画像に写った文字を読んでください
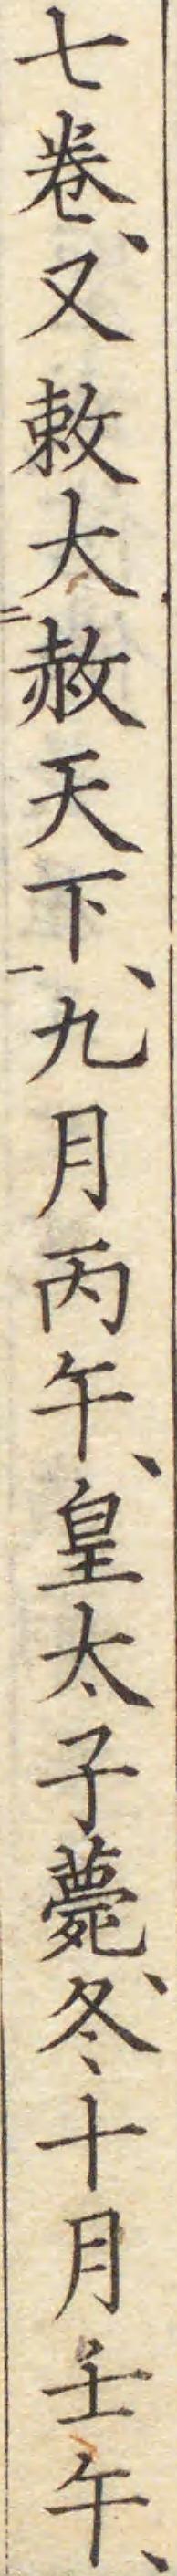
「七卷、又敕大赦天下、九月丙午、皇太子薨、冬十月壬午、」と書いてあります